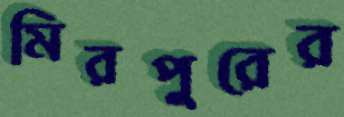
মিরপুরের